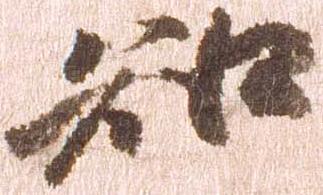
知